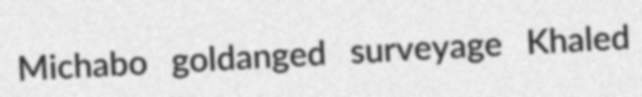
Michabo goldanged surveyage Khaled